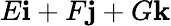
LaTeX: E\mathbf{i}+F\mathbf{j}+G\mathbf{k}